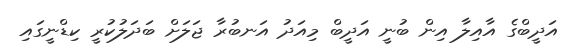
އަދީބްގެ އާއިލާ އިން ބުނީ އަދީބް މިއަދު އަނބުރާ ޖަލަށް ބަދަލުކުރީ ކިޑްނީގައި